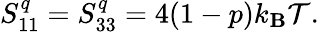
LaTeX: S_{11}^{q}=S_{33}^{q}=4(1-p)k_{\mathbf{B}}\mathcal{{T}}.